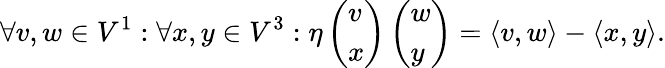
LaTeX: \forall v,w\in V^{1}:\forall x,y\in V^{3}:\eta\left(\begin{array}{l}{v}\\ {x}\end{array}\right)\left(\begin{array}{l}{w}\\ {y}\end{array}\right)=\langle v,w\rangle-\langle x,y\rangle.